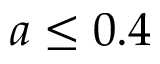
a \leq 0 . 4